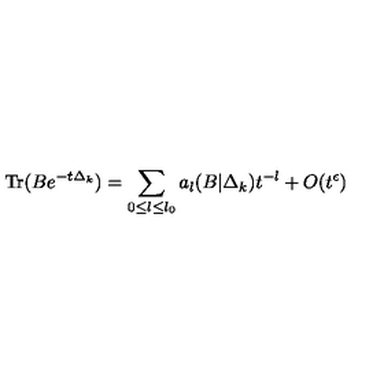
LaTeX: \mathrm { T r } ( B e ^ { - t \Delta _ { k } } ) = \sum _ { 0 { \leq } l { \leq } l _ { 0 } } a _ { l } ( B | \Delta _ { k } ) t ^ { - l } + O ( t ^ { \epsilon } )